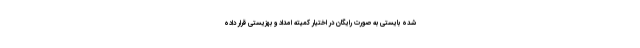
شده بایستی به صورت رایگان در اختیار کمیته امداد و بهزیستی قرار داده